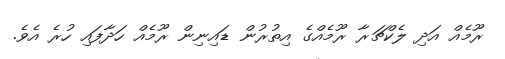
ރޫމެއް އަދި ލެކްޗަރާ ރޫމެއްގެ އިތުރުން ޑައިނިން ރޫމެއް ހަދާފައި ހުރެ އެވެ.